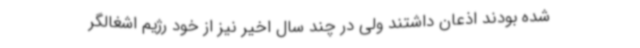
شده بودند اذعان داشتند ولی در چند سال اخیر نیز از خود رژیم اشغالگر